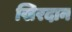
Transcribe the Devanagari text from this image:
खिरदान